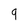
Character: 9